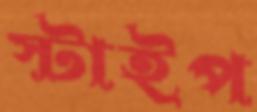
স্টাইপ